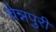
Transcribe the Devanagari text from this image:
चेन्नपुरी